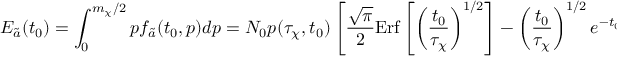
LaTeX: E _ { \tilde { a } } ( t _ { 0 } ) = \int _ { 0 } ^ { m _ { \chi } / 2 } p f _ { \tilde { a } } ( t _ { 0 } , p ) d p = N _ { 0 } p ( \tau _ { \chi } , t _ { 0 } ) \left[ \frac { \sqrt { \pi } } { 2 } \mathrm { E r f } \left[ \left( \frac { t _ { 0 } } { \tau _ { \chi } } \right) ^ { 1 / 2 } \right] - \left( \frac { t _ { 0 } } { \tau _ { \chi } } \right) ^ { 1 / 2 } e ^ { - t _ { 0 } / \tau _ { \chi } } \right] .